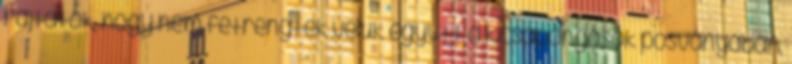
rajtatok, hogy nem fetrengtek velük együtt a kicsapongások posványában,